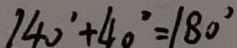
1 4 0 ^ { \circ } + 4 0 ^ { \circ } = 1 8 0 ^ { \circ }